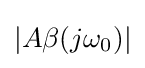
|A\beta (j\omega _{0})|